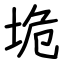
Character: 垝